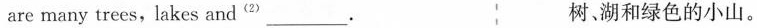
are many trees,lakes and^{(2)} ___ 树、湖和绿色的小山。